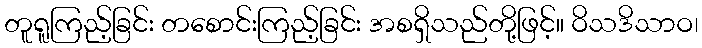
တူရူကြည့်ခြင်း တစောင်းကြည့်ခြင်း အစရှိသည်တို့ဖြင့်။ ဝိသဒိသာဝ၊